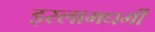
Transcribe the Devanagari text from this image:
इस्लामधर्मी